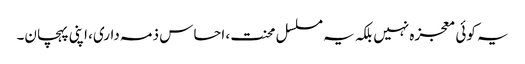
یہ کوئی معجزہ نہیں بلکہ یہ مسلسل محنت، احساس ذمہ داری، اپنی پہچان۔